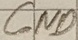
Text: GND